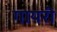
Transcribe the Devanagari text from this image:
गायरी